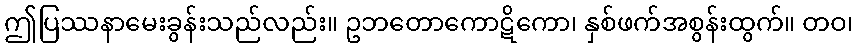
ဤပြဿနာမေးခွန်းသည်လည်း။ ဥဘတောကောဋိကော၊ နှစ်ဖက်အစွန်းထွက်။ တဝ၊